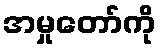
အမှုတော်ကို